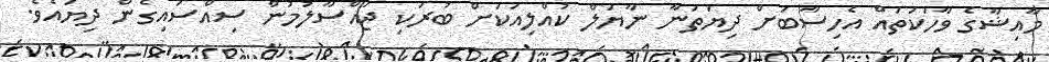
މާއިޝާގެ ވާހަކަތައް އެހިސާބަށް ދިޔަތަނާ ނާޔަލް ކުއްލިއަކަށް ބުރަކި ޖައްސާލުމުން ސިއްސައިގެން ދިޔައެވެ.